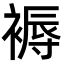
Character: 褥